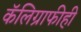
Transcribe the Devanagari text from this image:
कॅलिग्राफीही